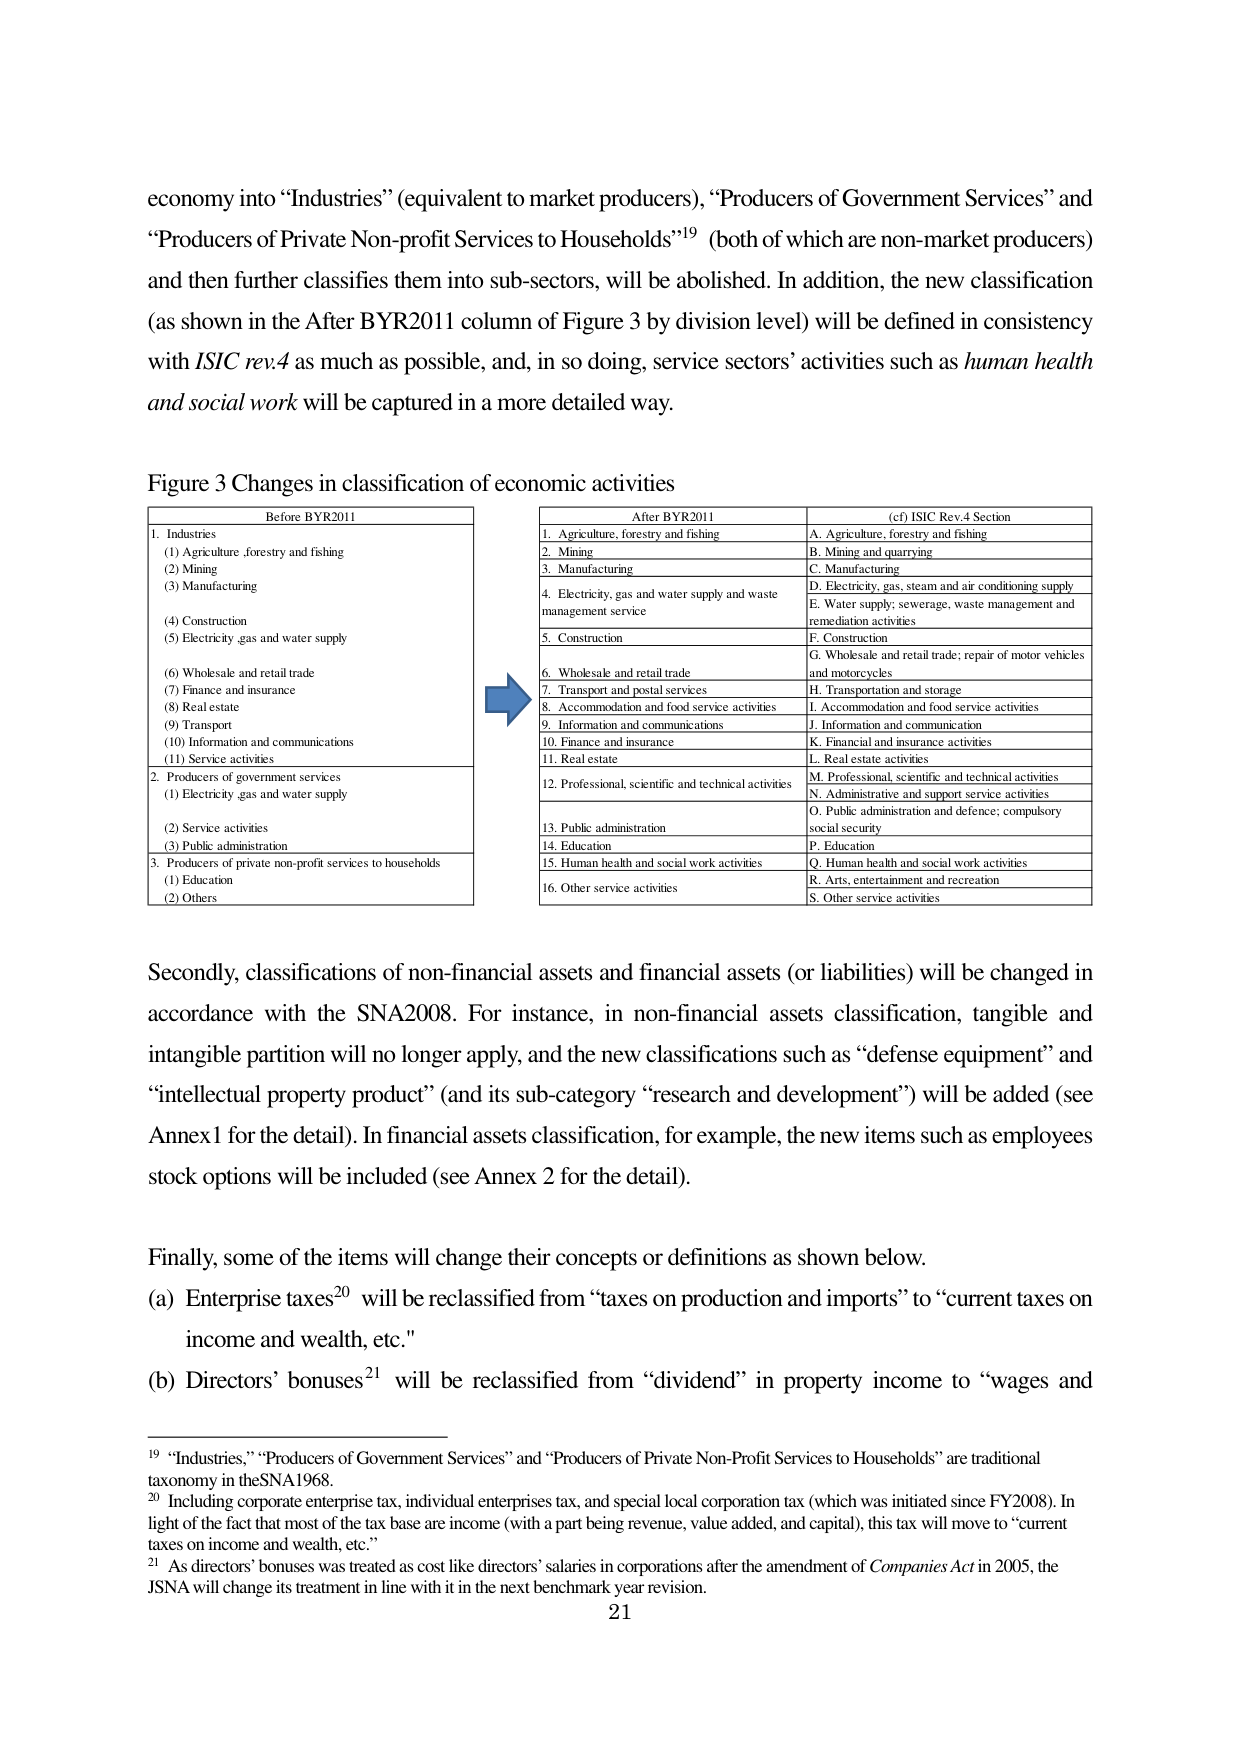
economy into “Industries” (equivalent to market producers), “Producers of Government Services” and “Producers of Private Non-profit Services to Households”¹⁹ (both of which are non-market producers) and then further classifies them into sub-sectors, will be abolished. In addition, the new classification (as shown in the After BYR2011 column of Figure 3 by division level) will be defined in consistency with ISIC rev.4 as much as possible, and, in so doing, service sectors’ activities such as human health and social work will be captured in a more detailed way.

Figure 3 Changes in classification of economic activities

Before BYR2011
1. Industries
(1) Agriculture, forestry and fishing
(2) Mining
(3) Manufacturing
(4) Construction
(5) Electricity, gas and water supply
(6) Wholesale and retail trade
(7) Finance and insurance
(8) Real estate
(9) Transport
(10) Information and communications
(11) Service activities
2. Producers of government services
(1) Electricity, gas and water supply
(2) Service activities
(3) Public administration
3. Producers of private non-profit services to households
(1) Education
(2) Others

After BYR2011
1. Agriculture, forestry and fishing
2. Mining
3. Manufacturing
4. Electricity, gas and water supply and waste management service
5. Construction
6. Wholesale and retail trade
7. Transport and postal services
8. Accommodation and food service activities
9. Information and communications
10. Finance and insurance
11. Real estate
12. Professional, scientific and technical activities
13. Public administration
14. Education
15. Human health and social work activities
16. Other service activities

(cf) ISIC Rev.4 Section
A. Agriculture, forestry and fishing
B. Mining and quarrying
C. Manufacturing
D. Electricity, gas, steam and air conditioning supply
E. Water supply; sewerage, waste management and remediation activities
F. Construction
G. Wholesale and retail trade; repair of motor vehicles and motorcycles
H. Transportation and storage
I. Accommodation and food service activities
J. Information and communication
K. Financial and insurance activities
L. Real estate activities
M. Professional, scientific and technical activities
N. Administrative and support service activities
O. Public administration and defence; compulsory social security
P. Education
Q. Human health and social work activities
R. Arts, entertainment and recreation
S. Other service activities

Secondly, classifications of non-financial assets and financial assets (or liabilities) will be changed in accordance with the SNA2008. For instance, in non-financial assets classification, tangible and intangible partition will no longer apply, and the new classifications such as “defense equipment” and “intellectual property product” (and its sub-category “research and development”) will be added (see Annex1 for the detail). In financial assets classification, for example, the new items such as employees stock options will be included (see Annex 2 for the detail).

Finally, some of the items will change their concepts or definitions as shown below.
(a) Enterprise taxes²⁰ will be reclassified from “taxes on production and imports” to “current taxes on income and wealth, etc.”
(b) Directors’ bonuses²¹ will be reclassified from “dividend” in property income to “wages and

¹⁹ “Industries,” “Producers of Government Services” and “Producers of Private Non-Profit Services to Households” are traditional taxonomy in the SNA1968.
²⁰ Including corporate enterprise tax, individual enterprises tax, and special local corporation tax (which was initiated since FY2008). In light of the fact that most of the tax base are income (with a part being revenue, value added, and capital), this tax will move to “current taxes on income and wealth, etc.”
²¹ As directors’ bonuses was treated as cost like directors’ salaries in corporations after the amendment of Companies Act in 2005, the JSNA will change its treatment in line with it in the next benchmark year revision.

21